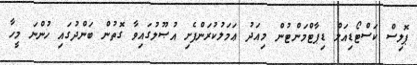
ޕޮލިސް ކަސްޓޯޑިއަލް ޑިޕާޓްމަންޓުން މިއަދު ޢަމަލުކުރަންފެށި އުޞޫލުގައިވާ ގޮތުން ބަންދުގައި ހުންނަ މީހާ